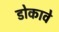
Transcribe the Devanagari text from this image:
डोकावे